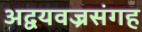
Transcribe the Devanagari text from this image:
अद्वयवज्रसंगह